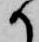
か